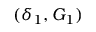
( \delta _ { 1 } , G _ { 1 } )